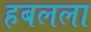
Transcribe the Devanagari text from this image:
हबलला